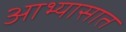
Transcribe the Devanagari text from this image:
आभ्यासात